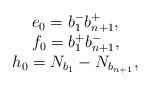
LaTeX: \begin{align*} \begin{array}{c} e_{0}= b_{1}^{-} b_{n+1}^{+},~~~ \\ f_{0}= b_{1}^{+} b_{n+1}^{-},~~~ \\ h_{0}= N_{b_{1}}- N_{b_{n+1}},~~~ \end{array}\end{align*}